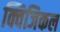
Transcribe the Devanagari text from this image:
क्विजिकल